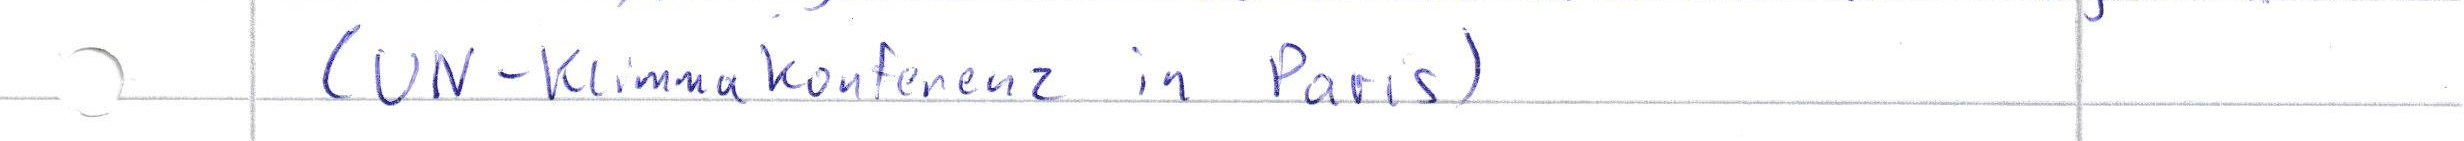
(UN-Klimakonferenz in Paris)